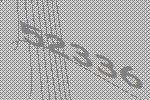
52336